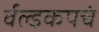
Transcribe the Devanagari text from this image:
र्वल्डकपचं